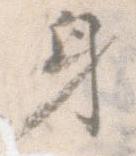
身